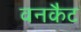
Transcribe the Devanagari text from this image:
वनकैट